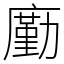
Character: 㢙